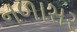
નળાસર